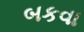
બકવા